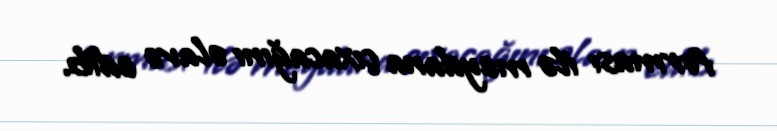
forması ilə meydana çıxacağını əlavə edib.